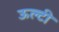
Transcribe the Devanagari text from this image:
ऊल्टी